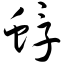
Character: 蜉